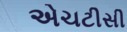
એચટીસી